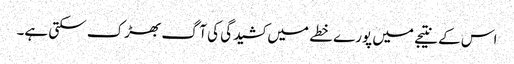
اس کے نتیجے میں پورے خطے میں کشیدگی کی آگ بھڑک سکتی ہے۔